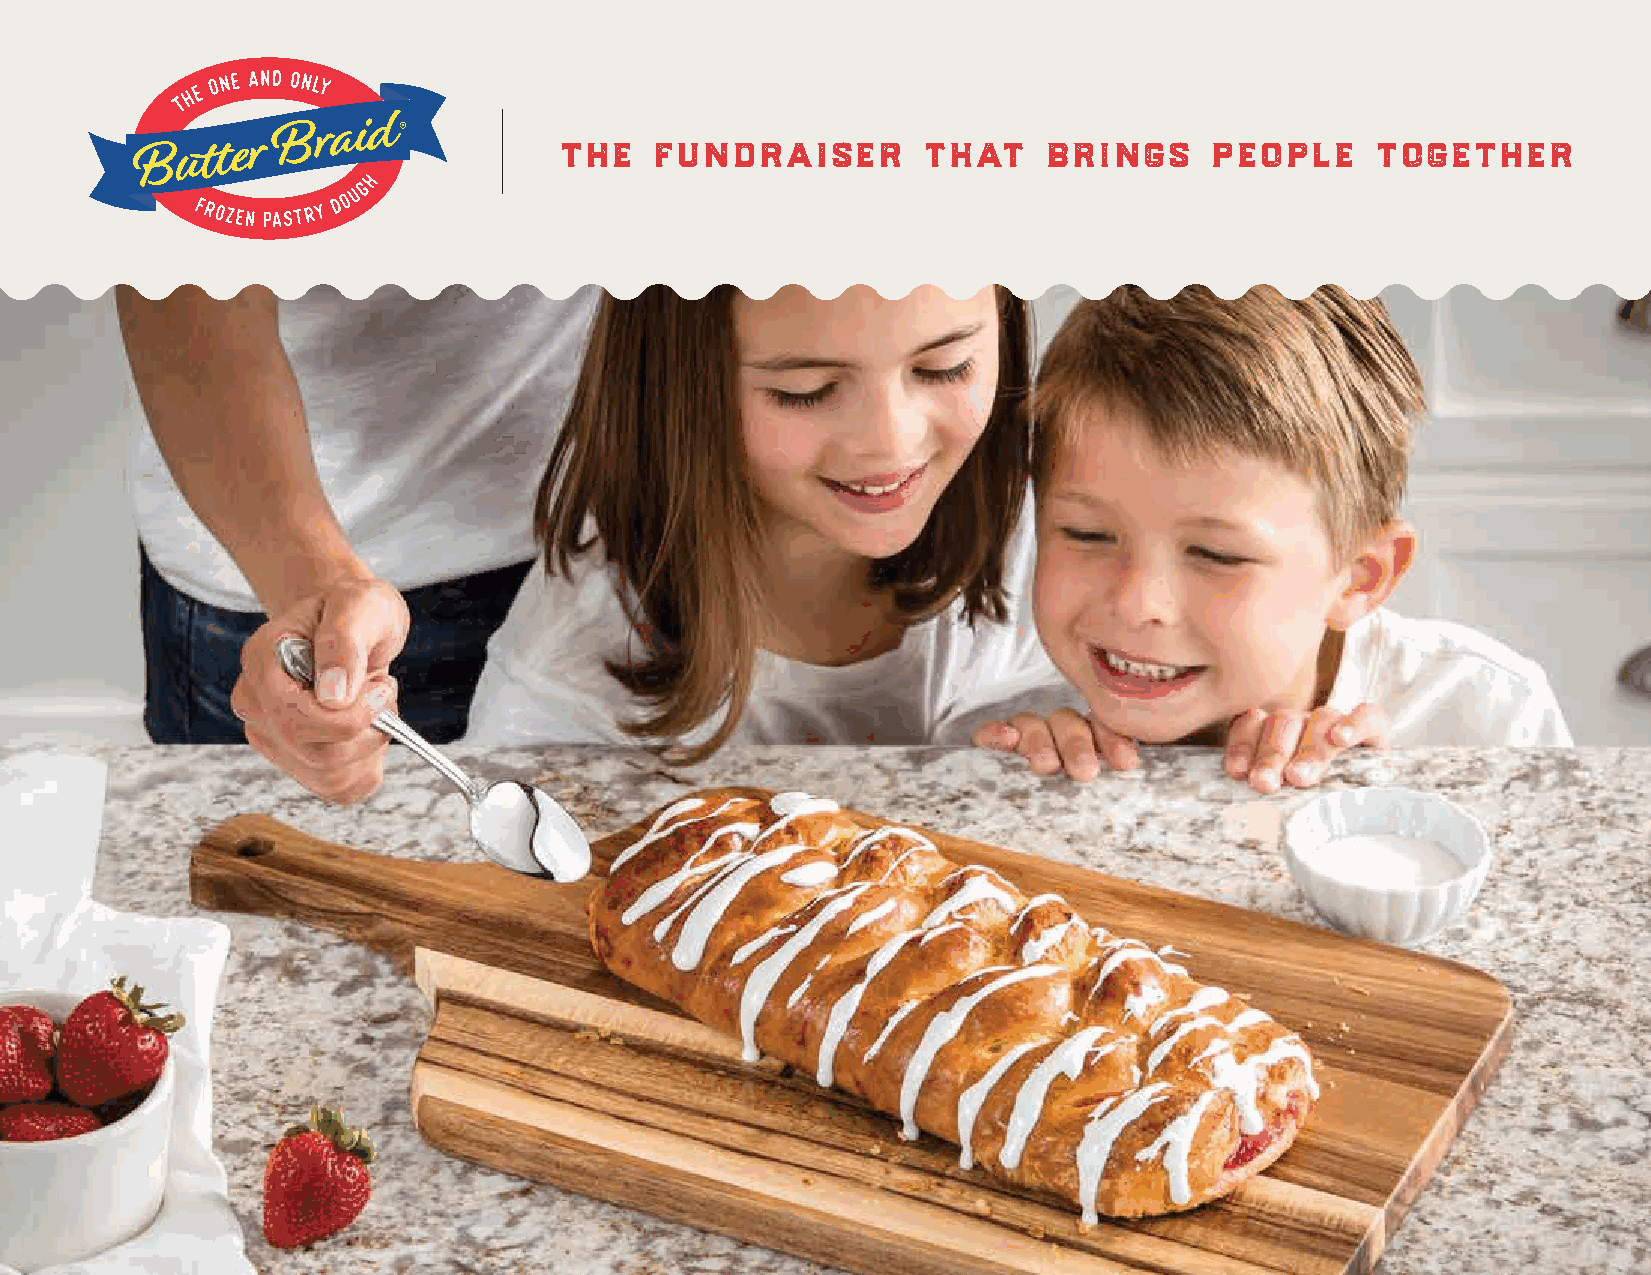
the   fundraiser        that    brings     people     together